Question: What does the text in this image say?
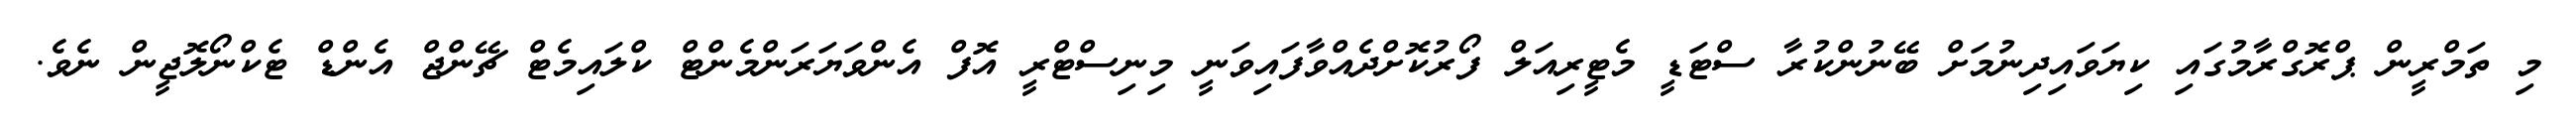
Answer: މި ތަމްރީން ޕްރޮގްރާމުގައި ކިޔަވައިދިނުމަށް ބޭނުންކުރާ ސްޓަޑީ މެޓީރިއަލް ފޯރުކޮށްދެއްވާފައިވަނީ މިނިސްޓްރީ އޮފް އެންވަޔަރަންމެންޓް ކްލައިމެޓް ޗޭންޖް އެންޑް ޓެކްނޯލޮޖީން ނެވެ.